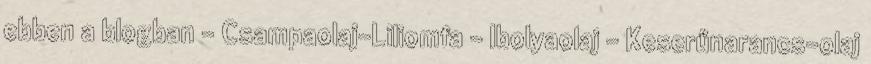
ebben a blogban - Csampaolaj-Liliomfa - Ibolyaolaj - Keserűnarancs-olaj